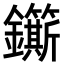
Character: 𮣬